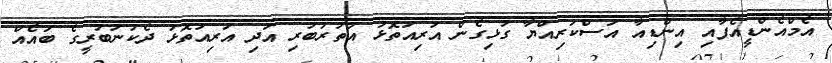
އެމްއެންޑީއެފާއި އިންޑިއާ އަސްކަރިއްޔާ ގުޅިގެން އަރިއަތޮޅު އުތުރުބުރި އަދި އަރިއަތޮޅު ދެކުނުބުރީގެ ބައެއް